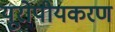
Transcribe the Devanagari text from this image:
यूरोपीयकरण